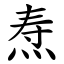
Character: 焘